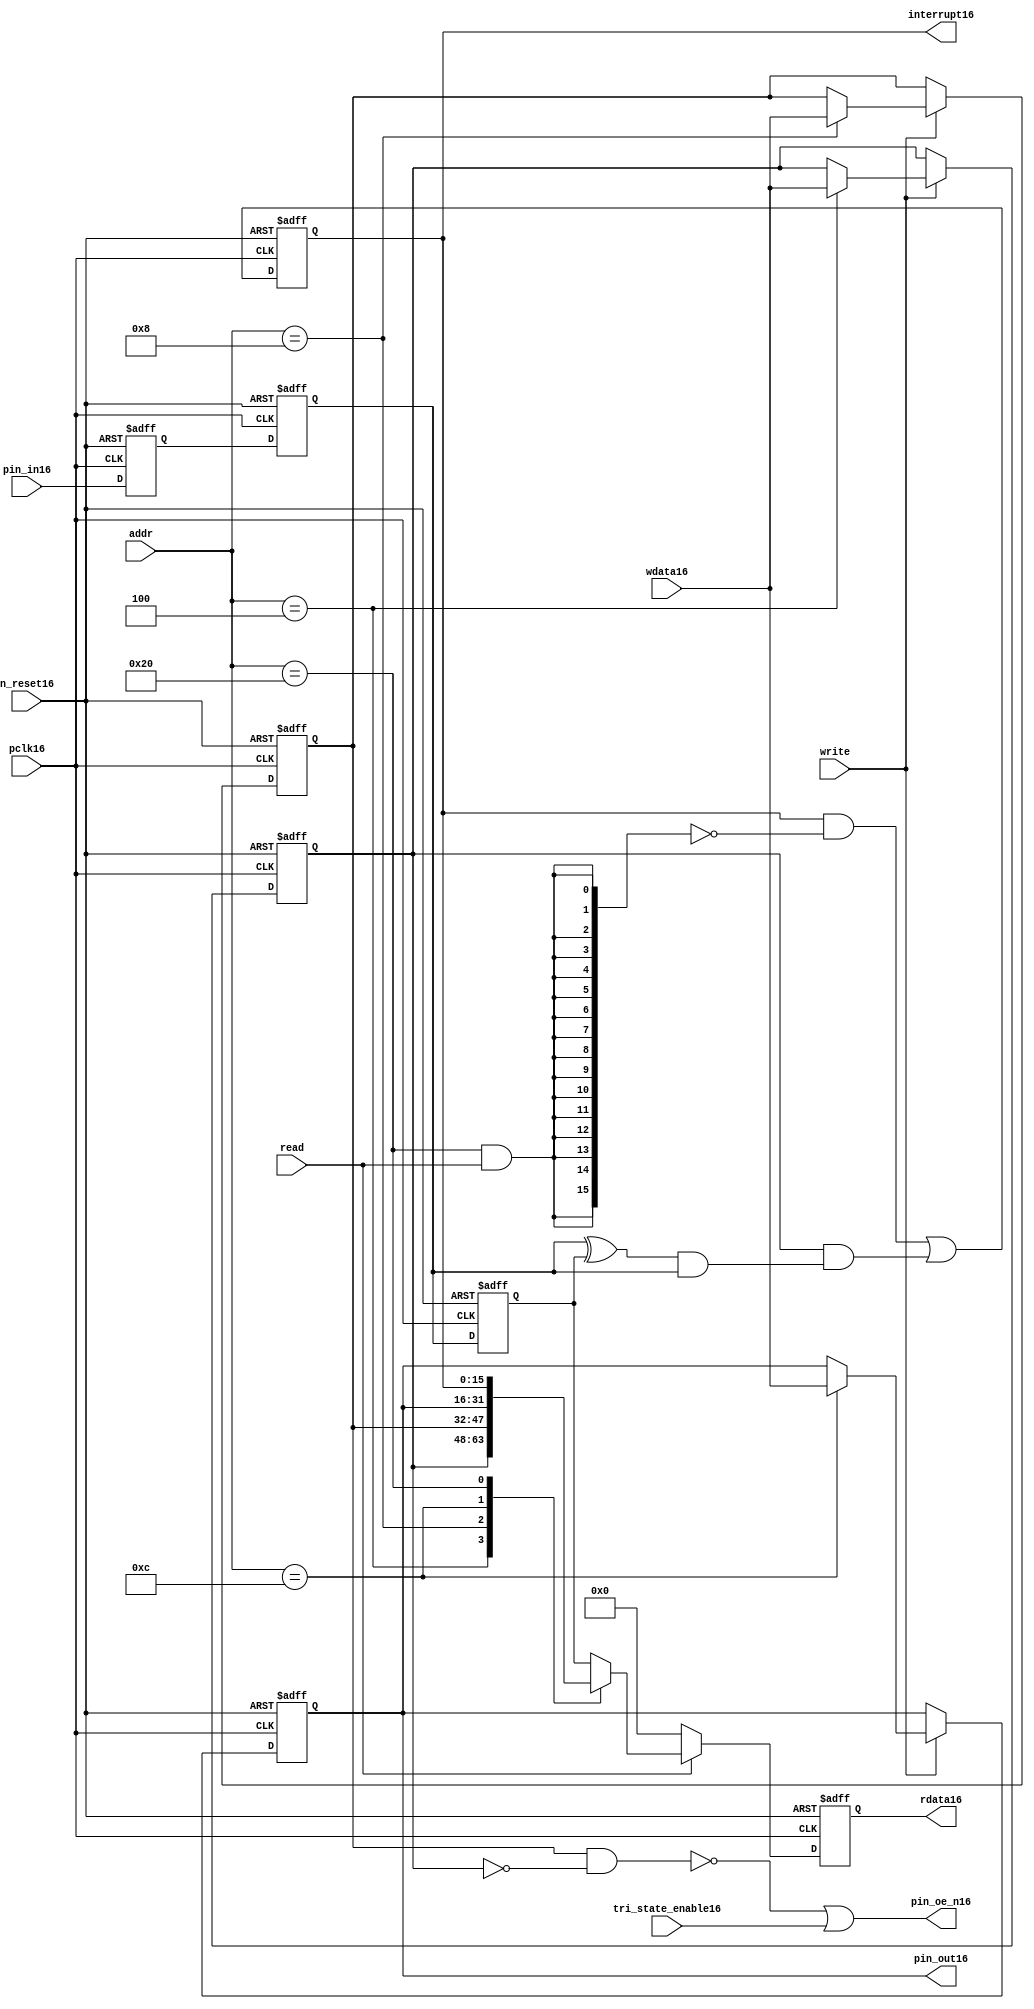
//File16 name   : gpio_lite_subunit16.v
//Title16       : 
//Created16     : 1999
//Description16 : Parametrised16 GPIO16 pin16 circuits16
//Notes16       : 
//----------------------------------------------------------------------
//   Copyright16 1999-2010 Cadence16 Design16 Systems16, Inc16.
//   All Rights16 Reserved16 Worldwide16
//
//   Licensed16 under the Apache16 License16, Version16 2.0 (the
//   "License16"); you may not use this file except16 in
//   compliance16 with the License16.  You may obtain16 a copy of
//   the License16 at
//
//       http16://www16.apache16.org16/licenses16/LICENSE16-2.0
//
//   Unless16 required16 by applicable16 law16 or agreed16 to in
//   writing, software16 distributed16 under the License16 is
//   distributed16 on an "AS16 IS16" BASIS16, WITHOUT16 WARRANTIES16 OR16
//   CONDITIONS16 OF16 ANY16 KIND16, either16 express16 or implied16.  See
//   the License16 for the specific16 language16 governing16
//   permissions16 and limitations16 under the License16.
//----------------------------------------------------------------------


module gpio_lite_subunit16(
  //Inputs16

  n_reset16,
  pclk16,

  read,
  write,
  addr,

  wdata16,
  pin_in16,

  tri_state_enable16,

  //Outputs16
 
  interrupt16,

  rdata16,
  pin_oe_n16,
  pin_out16

);
 
   // Inputs16
   
   // Clocks16   
   input n_reset16;            // asynch16 reset, active low16
   input pclk16;               // Ppclk16

   // Controls16
   input read;               // select16 GPIO16 read
   input write;              // select16 GPIO16 write
   input [5:0] 
         addr;               // address bus of selected master16

   // Dataflow16
   input [15:0]
         wdata16;              // GPIO16 Input16
   input [15:0]
         pin_in16;             // input data from pin16

   //Design16 for Test16 Inputs16
   input [15:0]
         tri_state_enable16;   // disables16 op enable -> Z16




   
   // Outputs16
   
   // Controls16
   output [15:0]
          interrupt16;         // interupt16 for input pin16 change

   // Dataflow16
   output [15:0]
          rdata16;             // GPIO16 Output16
   output [15:0]
          pin_oe_n16;          // output enable signal16 to pin16
   output [15:0]
          pin_out16;           // output signal16 to pin16
   



   
   // Registers16 in module

   //Define16 Physical16 registers in amba_unit16
   reg    [15:0]
          direction_mode16;     // 1=Input16 0=Output16              RW
   reg    [15:0]
          output_enable16;      // Output16 active                 RW
   reg    [15:0]
          output_value16;       // Value outputed16 from reg       RW
   reg    [15:0]
          input_value16;        // Value input from bus          R
   reg    [15:0]
          int_status16;         // Interrupt16 status              R

   // registers to remove metastability16
   reg    [15:0]
          s_synch16;            //stage_two16
   reg    [15:0]
          s_synch_two16;        //stage_one16 - to ext pin16
   
   
    
          
   // Registers16 for outputs16
   reg    [15:0]
          rdata16;              // prdata16 reg
   wire   [15:0]
          pin_oe_n16;           // gpio16 output enable
   wire   [15:0]
          pin_out16;            // gpio16 output value
   wire   [15:0]
          interrupt16;          // gpio16 interrupt16
   wire   [15:0]
          interrupt_trigger16;  // 1 sets16 interrupt16 status
   reg    [15:0]
          status_clear16;       // 1 clears16 interrupt16 status
   wire   [15:0]
          int_event16;          // 1 detects16 an interrupt16 event

   integer ia16;                // loop variable
   


   // address decodes16
   wire   ad_direction_mode16;  // 1=Input16 0=Output16              RW
   wire   ad_output_enable16;   // Output16 active                 RW
   wire   ad_output_value16;    // Value outputed16 from reg       RW
   wire   ad_int_status16;      // Interrupt16 status              R
   
//Register addresses16
//If16 modifying16 the APB16 address (PADDR16) width change the following16 bit widths16
parameter GPR_DIRECTION_MODE16   = 6'h04;       // set pin16 to either16 I16 or O16
parameter GPR_OUTPUT_ENABLE16    = 6'h08;       // contains16 oe16 control16 value
parameter GPR_OUTPUT_VALUE16     = 6'h0C;       // output value to be driven16
parameter GPR_INPUT_VALUE16      = 6'h10;       // gpio16 input value reg
parameter GPR_INT_STATUS16       = 6'h20;       // Interrupt16 status register

//Reset16 Values16
//If16 modifying16 the GPIO16 width change the following16 bit widths16
//parameter GPRV_RSRVD16            = 32'h0000_0000; // Reserved16
parameter GPRV_DIRECTION_MODE16  = 32'h00000000; // Default to output mode
parameter GPRV_OUTPUT_ENABLE16   = 32'h00000000; // Default 3 stated16 outs16
parameter GPRV_OUTPUT_VALUE16    = 32'h00000000; // Default to be driven16
parameter GPRV_INPUT_VALUE16     = 32'h00000000; // Read defaults16 to zero
parameter GPRV_INT_STATUS16      = 32'h00000000; // Int16 status cleared16



   //assign ad_bypass_mode16    = ( addr == GPR_BYPASS_MODE16 );   
   assign ad_direction_mode16 = ( addr == GPR_DIRECTION_MODE16 );   
   assign ad_output_enable16  = ( addr == GPR_OUTPUT_ENABLE16 );   
   assign ad_output_value16   = ( addr == GPR_OUTPUT_VALUE16 );   
   assign ad_int_status16     = ( addr == GPR_INT_STATUS16 );   

   // assignments16
   
   assign interrupt16         = ( int_status16);

   assign interrupt_trigger16 = ( direction_mode16 & int_event16 ); 

   assign int_event16 = ((s_synch16 ^ input_value16) & ((s_synch16)));

   always @( ad_int_status16 or read )
   begin : p_status_clear16

     for ( ia16 = 0; ia16 < 16; ia16 = ia16 + 1 )
     begin

       status_clear16[ia16] = ( ad_int_status16 & read );

     end // for ia16

   end // p_status_clear16

   // p_write_register16 : clocked16 / asynchronous16
   //
   // this section16 contains16 all the code16 to write registers

   always @(posedge pclk16 or negedge n_reset16)
   begin : p_write_register16

      if (~n_reset16)
      
       begin
         direction_mode16  <= GPRV_DIRECTION_MODE16;
         output_enable16   <= GPRV_OUTPUT_ENABLE16;
         output_value16    <= GPRV_OUTPUT_VALUE16;
       end
      
      else 
      
       begin
      
         if (write == 1'b1) // Write value to registers
      
          begin
              
            // Write Mode16
         
            if ( ad_direction_mode16 ) 
               direction_mode16 <= wdata16;
 
            if ( ad_output_enable16 ) 
               output_enable16  <= wdata16;
     
            if ( ad_output_value16 )
               output_value16   <= wdata16;

              

           end // if write
         
       end // else: ~if(~n_reset16)
      
   end // block: p_write_register16



   // p_metastable16 : clocked16 / asynchronous16 
   //
   // This16 process  acts16 to remove  metastability16 propagation
   // Only16 for input to GPIO16
   // In Bypass16 mode pin_in16 passes16 straight16 through

   always @(posedge pclk16 or negedge n_reset16)
      
   begin : p_metastable16
      
      if (~n_reset16)
        begin
         
         s_synch16       <= {16 {1'b0}};
         s_synch_two16   <= {16 {1'b0}};
         input_value16   <= GPRV_INPUT_VALUE16;
         
        end // if (~n_reset16)
      
      else         
        begin
         
         input_value16   <= s_synch16;
         s_synch16       <= s_synch_two16;
         s_synch_two16   <= pin_in16;

        end // else: ~if(~n_reset16)
      
   end // block: p_metastable16


   // p_interrupt16 : clocked16 / asynchronous16 
   //
   // These16 lines16 set and clear the interrupt16 status

   always @(posedge pclk16 or negedge n_reset16)
   begin : p_interrupt16
      
      if (~n_reset16)
         int_status16      <= GPRV_INT_STATUS16;
      
      else 
         int_status16      <= ( int_status16 & ~(status_clear16) // read & clear
                            ) |
                            interrupt_trigger16;             // new interrupt16
        
   end // block: p_interrupt16
   
   
   // p_read_register16  : clocked16 / asynchronous16 
   //
   // this process registers the output values

   always @(posedge pclk16 or negedge n_reset16)

      begin : p_read_register16
         
         if (~n_reset16)
         
           begin

            rdata16 <= {16 {1'b0}};

           end
           
         else //if not reset
         
           begin
         
            if (read == 1'b1)
            
              begin
            
               case (addr)
            
                  
                  GPR_DIRECTION_MODE16:
                     rdata16 <= direction_mode16;
                  
                  GPR_OUTPUT_ENABLE16:
                     rdata16 <= output_enable16;
                  
                  GPR_OUTPUT_VALUE16:
                     rdata16 <= output_value16;
                  
                  GPR_INT_STATUS16:
                     rdata16 <= int_status16;
                  
                  default: // if GPR_INPUT_VALUE16 or unmapped reg addr
                     rdata16 <= input_value16;
            
               endcase
            
              end //end if read
            
            else //in not read
            
              begin // if not a valid read access, keep16 '0'-s 
              
               rdata16 <= {16 {1'b0}};
              
              end //end if not read
              
           end //end else if not reset

      end // p_read_register16


   assign pin_out16 = 
        ( output_value16 ) ;
     
   assign pin_oe_n16 = 
      ( ( ~(output_enable16 & ~(direction_mode16)) ) |
        tri_state_enable16 ) ;

                
  
endmodule // gpio_subunit16